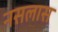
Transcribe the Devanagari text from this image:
नसलास